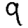
Digit: 9